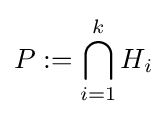
P:=\bigcap _{i=1}^{k}H_{i}